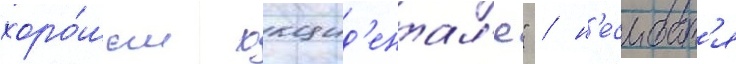
хоро́шем окцид'ентал'е" / н'есмотр'я